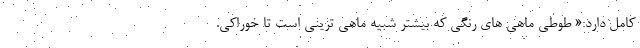
کامل دارد:« طوطی ماهی های رنگی که بیشتر شبیه ماهی تزینی است تا خوراکی.